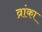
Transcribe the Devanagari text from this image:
व्रांका